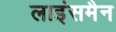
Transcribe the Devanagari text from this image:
लाइंसमैन